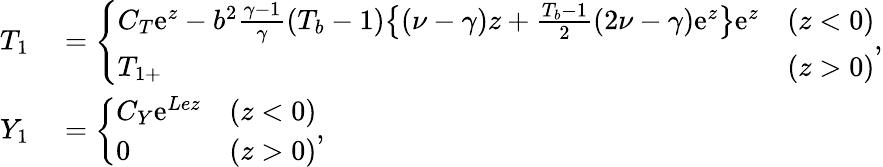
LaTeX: \begin{array}{rl}{{T}_{1}}&{{}=\left\{ \begin{array}{lll}{C_{T}\mathrm{e}^{z}-b^{2}\frac{\gamma-1}{\gamma}(T_{b}-1)\big\{ (\nu-\gamma)z+\frac{T_{b}-1}{2}(2\nu-\gamma)\mathrm{e}^{z}\big\} \mathrm{e}^{z}}&{(z<0)}\\ {{T}_{1+}}&{(z>0)}\end{array}\right.,}\\ {{Y}_{1}}&{{}=\left\{ \begin{array}{lll}{C_{Y}\mathrm{e}^{Lez}}&{(z<0)}\\ {0}&{(z>0)}\end{array}\right.,}\end{array}